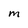
Character: M